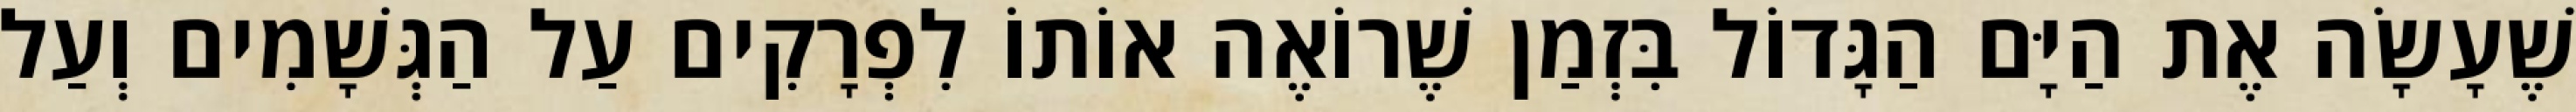
שֶׁעָשָׂה אֶת הַיָּם הַגָּדוֹל בִּזְמַן שֶׁרוֹאֶה אוֹתוֹ לִפְרָקִים עַל הַגְּשָׁמִים וְעַל